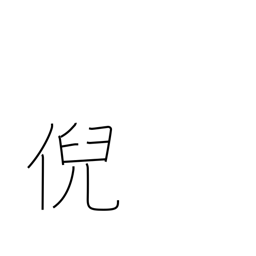
Meaning: stare